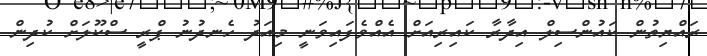
ރައްޔިތުން ކައުންސިލް އިދާރާ ކައިރިއަށް އެއްވެފައިވަނީ މިއަދު ހެނދުނު ޕްރީ ސްކޫލަށް ކުދިން